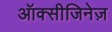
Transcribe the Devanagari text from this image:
ऑक्सीजिनेज़